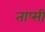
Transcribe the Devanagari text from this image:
ताप्सी